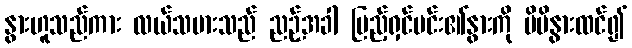
နွားဟူသည်ကား လယ်သမားသည် ညဉ့်အခါ ပြည့်ရှင်မင်း၏နွားကို မိမိနွားထင်၍